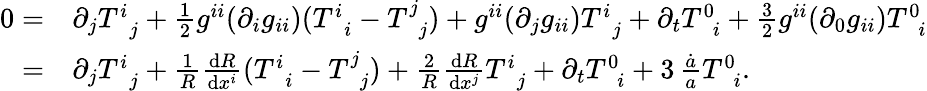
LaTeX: \begin{array}{rl}{0=}&{{}\partial_{j}T_{\, \, \, j}^{i}+\frac{1}{2}g^{ii}(\partial_{i}g_{ii})(T_{\, \, \, i}^{i}-T_{\, \, \, j}^{j})+g^{ii}(\partial_{j}g_{ii})T_{\, \, \, j}^{i}+\partial_{t}T_{\, \, \, i}^{0}+\frac{3}{2}g^{ii}(\partial_{0}g_{ii})T_{\, \, \, i}^{0}}\\ {=}&{{}\partial_{j}T_{\, \, \, j}^{i}+\frac{1}{R}\frac{\mathrm{d}R}{\mathrm{d}x^{i}}(T_{\, \, \, i}^{i}-T_{\, \, \, j}^{j})+\frac{2}{R}\frac{\mathrm{d}R}{\mathrm{d}x^{j}}T_{\, \, \, j}^{i}+\partial_{t}T_{\, \, \, i}^{0}+3\, \frac{\dot{a}}{a}T_{\, \, \, i}^{0}.}\end{array}